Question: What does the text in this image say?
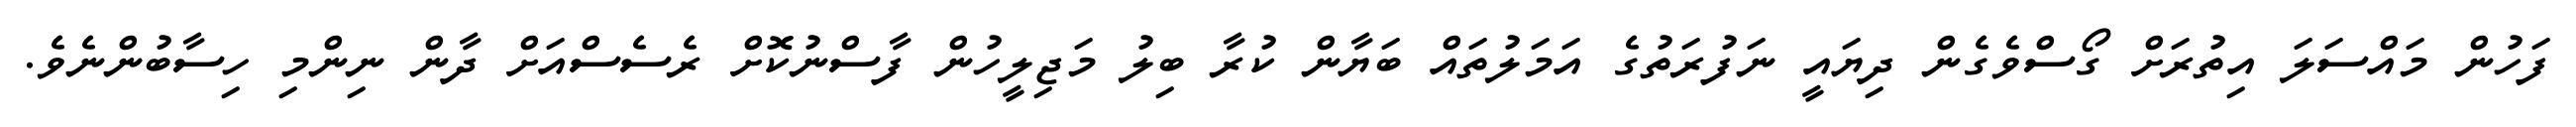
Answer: ފަހުން މައްސަލަ އިތުރަށް ގޯސްވެގެން ދިޔައީ ނަފުރަތުގެ އަމަލުތައް ބަޔާން ކުރާ ބިލު މަޖިލީހުން ފާސްނުކޮށް ރެސެސްއަށް ދާން ނިންމި ހިސާބުންނެވެ.